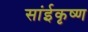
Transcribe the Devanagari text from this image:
सांईकृष्‍ण